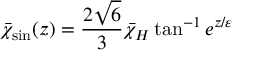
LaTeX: \bar { \chi } _ { \mathrm { s i n } } ( z ) = \frac { 2 \sqrt 6 } { 3 } \bar { \chi } _ { H } \tan ^ { - 1 } e ^ { z / \varepsilon }